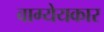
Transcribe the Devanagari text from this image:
वाग्येयकार